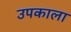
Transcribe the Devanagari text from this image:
उपकाला